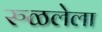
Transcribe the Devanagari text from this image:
रुळलेला